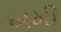
ખમી